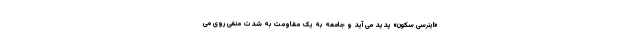
«اینِرسی سکون» پدید می آید و جامعه به یک مقاومت به شدت منفی روی می